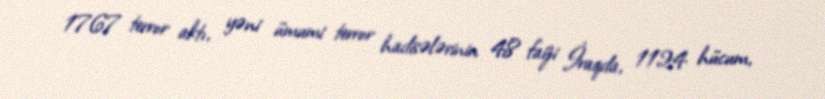
1767 terror aktı, yəni ümumi terror hadisələrinin 48 faizi İraqda, 1124 hücum,